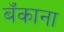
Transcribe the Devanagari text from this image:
बॅंकाना